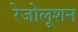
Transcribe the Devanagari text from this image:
रेजोलूशन